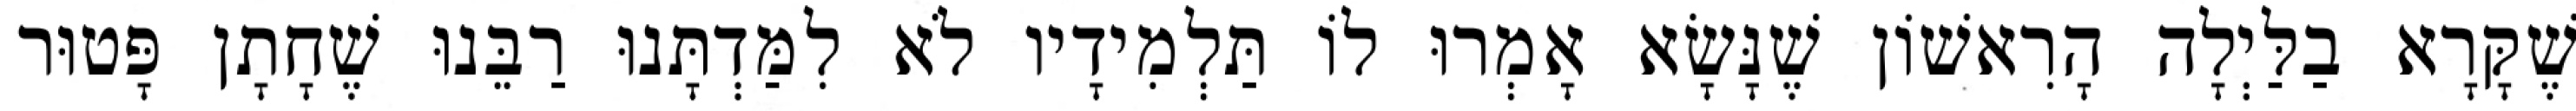
שֶׁקָּרָא בַלַּיְלָה הָרִאשׁוֹן שֶׁנָּשָׂא אָמְרוּ לוֹ תַּלְמִידָיו לֹא לִמַּדְתָּנוּ רַבֵּנוּ שֶׁחָתָן פָּטוּר